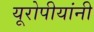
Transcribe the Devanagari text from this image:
यूरोपीयांनी